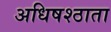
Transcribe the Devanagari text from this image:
अधिषश्ठाता